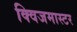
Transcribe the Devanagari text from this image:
क्विजमास्टर